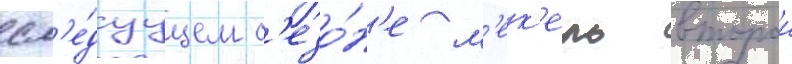
сл'е́дуущем с'езо́н'е м'ек'ель второи